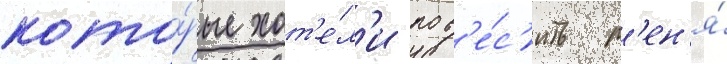
кото́рые хот'е́л'и пов'е́с'ить м'ен'я́